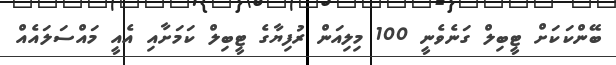
ބޭންކަކަށް ޓީބިލް ގަނެވެނީ 100 މިލިއަން ރުފިޔާގެ ޓީބިލް ކަމަށާއި އެއީ މައްސަލައެއް